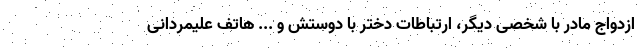
ازدواج مادر با شخصی دیگر، ارتباطات دختر با دوستش و ... هاتف علیمردانی